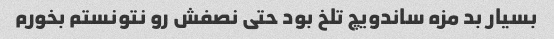
بسیار بد مزه ساندویچ تلخ بود حتی نصفش رو نتونستم بخورم